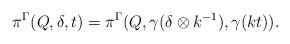
LaTeX: \begin{align*}\pi^\Gamma (Q,\delta,t) = \pi^\Gamma (Q,\gamma (\delta \otimes k^{-1}),\gamma(kt)) .\end{align*}